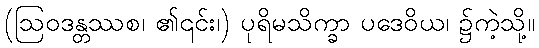
(ဩဝဒန္တဿစ၊ ၏၎င်း၊) ပုရိမသိက္ခာ ပဒေဝိယ၊ ၌ကဲ့သို့။